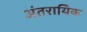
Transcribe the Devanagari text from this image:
अंतरायिक